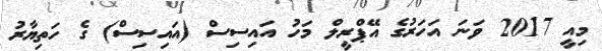
މިއީ 2017 ވަނަ އަހަރުގެ އޭޕްރީލް މަހު އައިސިސް (އައިސިސް) ގެ ހަތިޔާރު